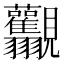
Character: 𧢰